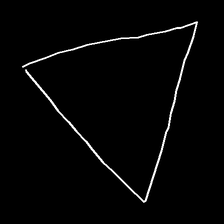
Glyph: convergence